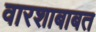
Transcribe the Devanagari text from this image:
वारशाबाबत